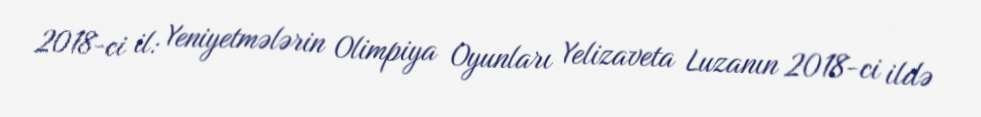
2018-ci il: Yeniyetmələrin Olimpiya Oyunları Yelizaveta Luzanın 2018-ci ildə